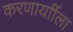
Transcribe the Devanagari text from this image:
करणार्याीला